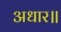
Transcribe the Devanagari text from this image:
अधार॥